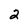
Character: 2